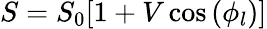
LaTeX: S=S_{0}[1+V\cos{(\phi_{l})}]